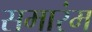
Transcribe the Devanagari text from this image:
समारंम